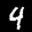
Label: 4